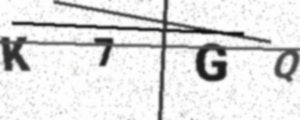
Text: K7GQ